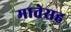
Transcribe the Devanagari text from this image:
मातेसह